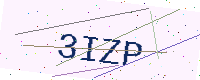
Text: 3IZP